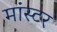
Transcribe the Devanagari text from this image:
मांस्टर